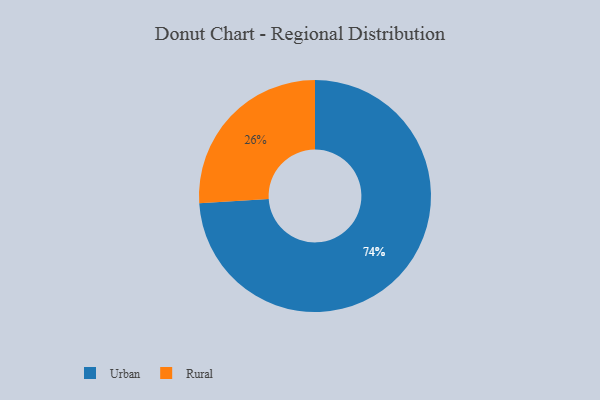
{"axis": {"x": "Category", "y": "Percentage"}, "legend": ["Rural", "Urban"], "data": [{"x": "Urban", "y": 74, "type": "Urban"}, {"x": "Rural", "y": 26, "type": "Rural"}]}